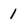
Character: 1